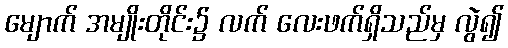
မျောက် အမျိုးတိုင်း၌ လက် လေးဖက်ရှိသည်မှ လွဲ၍